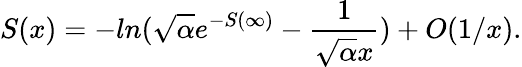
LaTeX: S(x)=-ln(\sqrt{\alpha}e^{-S(\infty)}-\frac{1}{\sqrt{\alpha}x})+O(1/x).